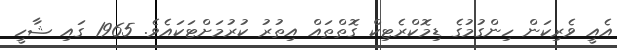
އެއީ ވެރިކަން ހިންގުމުގެ ޑިމޮކްރެޓިކް ގޮތްތައް އިތުރު ކުރުމަށްޓަކައެވެ. 1965 ގައި ޝާހީ